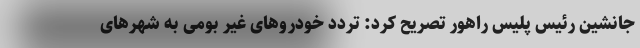
جانشین رئیس پلیس راهور تصریح کرد: تردد خودروهای غیر بومی به شهرهای